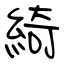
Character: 綺